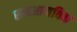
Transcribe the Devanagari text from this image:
समआणविक